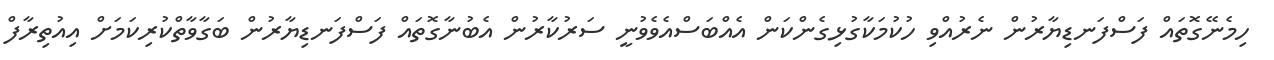
ހިމެނޭގޮތައް ފަސްފަނޑިޔާރުން ނެރުއްވި ހުކުމަކާގުޅިގެންކަން އެއްބަސްއެވެވުނީ ސަރުކާރުން އެބުނާގޮތައް ފަސްފަނޑިޔާރުން ބަގާވާތްކުރިކަމަށް އިއުތިރާފް